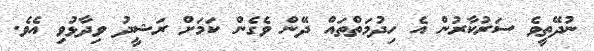
ނުދޭތީވެ ސަރުކާރުން އެ ހިދުމަތްތައް ދޭން ވެގެން ކަމަށް ރަޝީދު ވިދާޅުވި އެވެ.